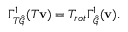
\Gamma _ { T \hat { \mathcal { G } } } ^ { 1 } ( T \mathbf { v } ) = T _ { r o t } \Gamma _ { \hat { \mathcal { G } } } ^ { 1 } ( \mathbf { v } ) .